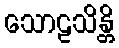
သောဠသိန္တိ